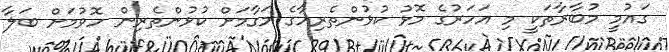
ގައުމީ މުބާރާތަކީ މި އަހަރުގެ މޮޅު ކުޅުންތެރިއާގެ މަގާމަށް ކުޅުންތެރިން ހޮވުމަށް ބަލާ